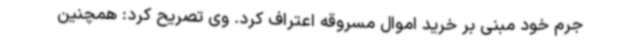
جرم خود مبنی بر خرید اموال مسروقه اعتراف کرد. وی تصریح کرد: همچنین